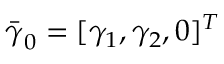
\bar { \boldsymbol { \gamma } } _ { 0 } = [ \gamma _ { 1 } , \gamma _ { 2 } , 0 ] ^ { T }